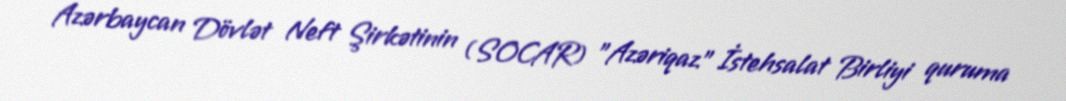
Azərbaycan Dövlət Neft Şirkətinin (SOCAR) "Azəriqaz" İstehsalat Birliyi quruma